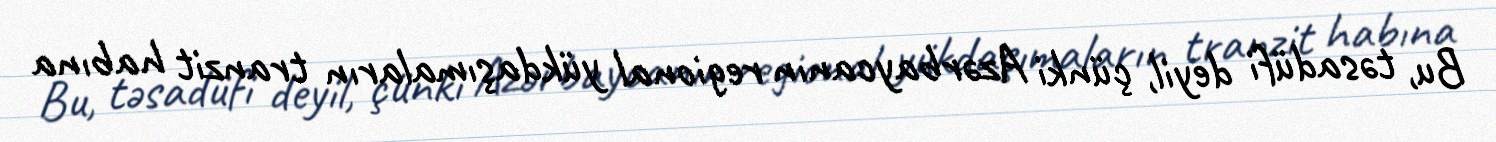
Bu, təsadüfi deyil, çünki Azərbaycanın regional yükdaşımaların tranzit habına